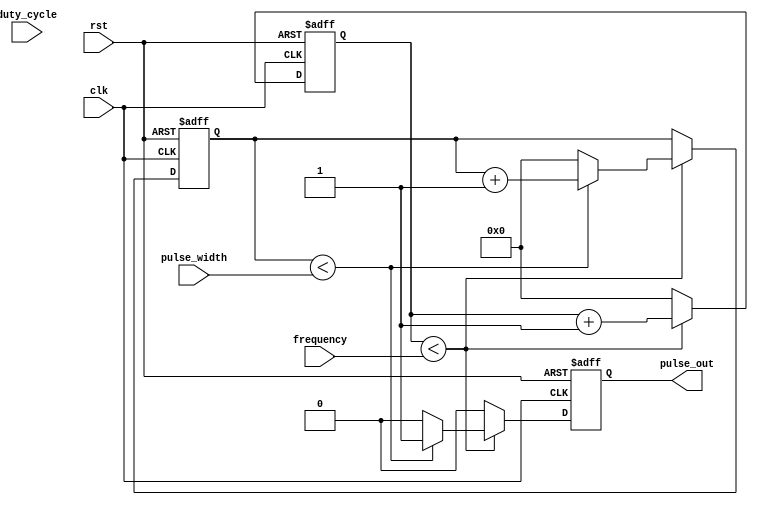
module Programmable_Pulse_Generator (
  input wire clk,
  input wire rst,
  input wire [31:0] pulse_width,
  input wire [31:0] frequency,
  input wire [31:0] duty_cycle,
  output reg pulse_out
);

reg [31:0] counter;
reg [31:0] pulse_width_counter;

always @(posedge clk or posedge rst)
begin
  if (rst)
  begin
    counter <= 0;
    pulse_width_counter <= 0;
    pulse_out <= 0;
  end
  else
  begin
    if (counter < frequency)
    begin
      counter <= counter + 1;
      if (pulse_width_counter < pulse_width)
      begin
        pulse_out <= 1;
        pulse_width_counter <= pulse_width_counter + 1;
      end
      else
      begin
        pulse_out <= 0;
        pulse_width_counter <= 0;
      end
    end
    else
    begin
      counter <= 0;
      pulse_out <= 0;
    end
  end
end

endmodule